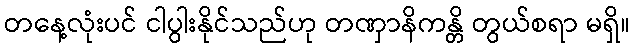
တနေ့လုံးပင် ငါပွါးနိုင်သည်ဟု တဏှာနိကန္တိ တွယ်စရာ မရှိ။